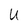
Character: U